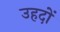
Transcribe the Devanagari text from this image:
उहदों